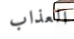
العذاب